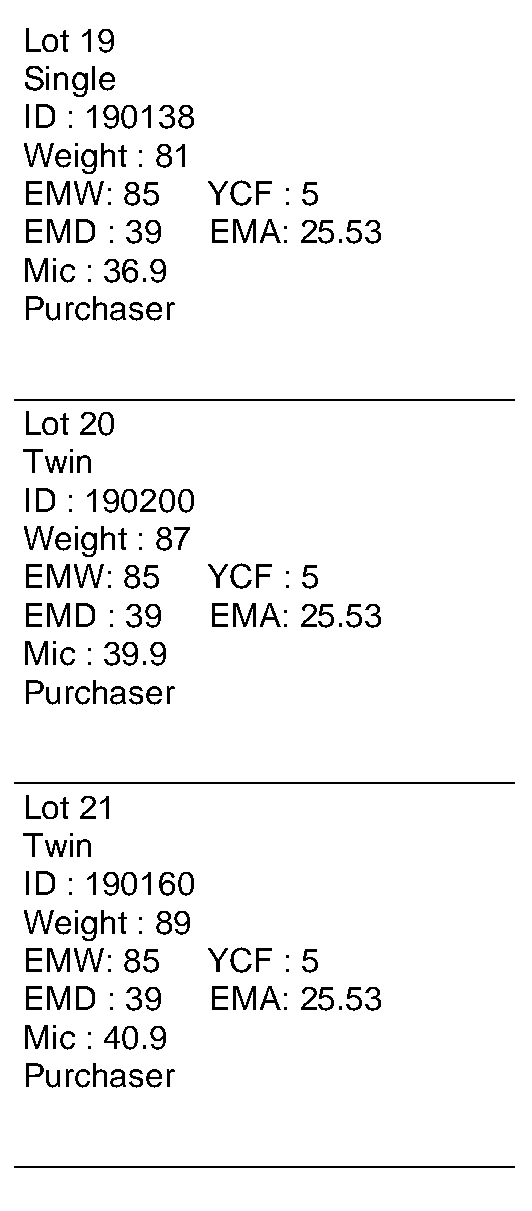
Lot 19
 Single
 ID : 190138
 Weight : 81
 EMW:  85    YCF  : 5
 EMD  : 39   EMA:  25.53
 Mic : 36.9
 Purchaser
 ___________________________
 Lot 20
 Twin
 ID : 190200
 Weight : 87
 EMW:  85    YCF  : 5
 EMD  : 39   EMA:  25.53
 Mic : 39.9
 Purchaser
 ___________________________
 Lot 21
 Twin
 ID : 190160
 Weight : 89
 EMW:  85    YCF  : 5
 EMD  : 39   EMA:  25.53
 Mic : 40.9
 Purchaser
 ___________________________